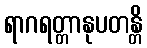
ရာဂရတ္တာနုပတန္တိ